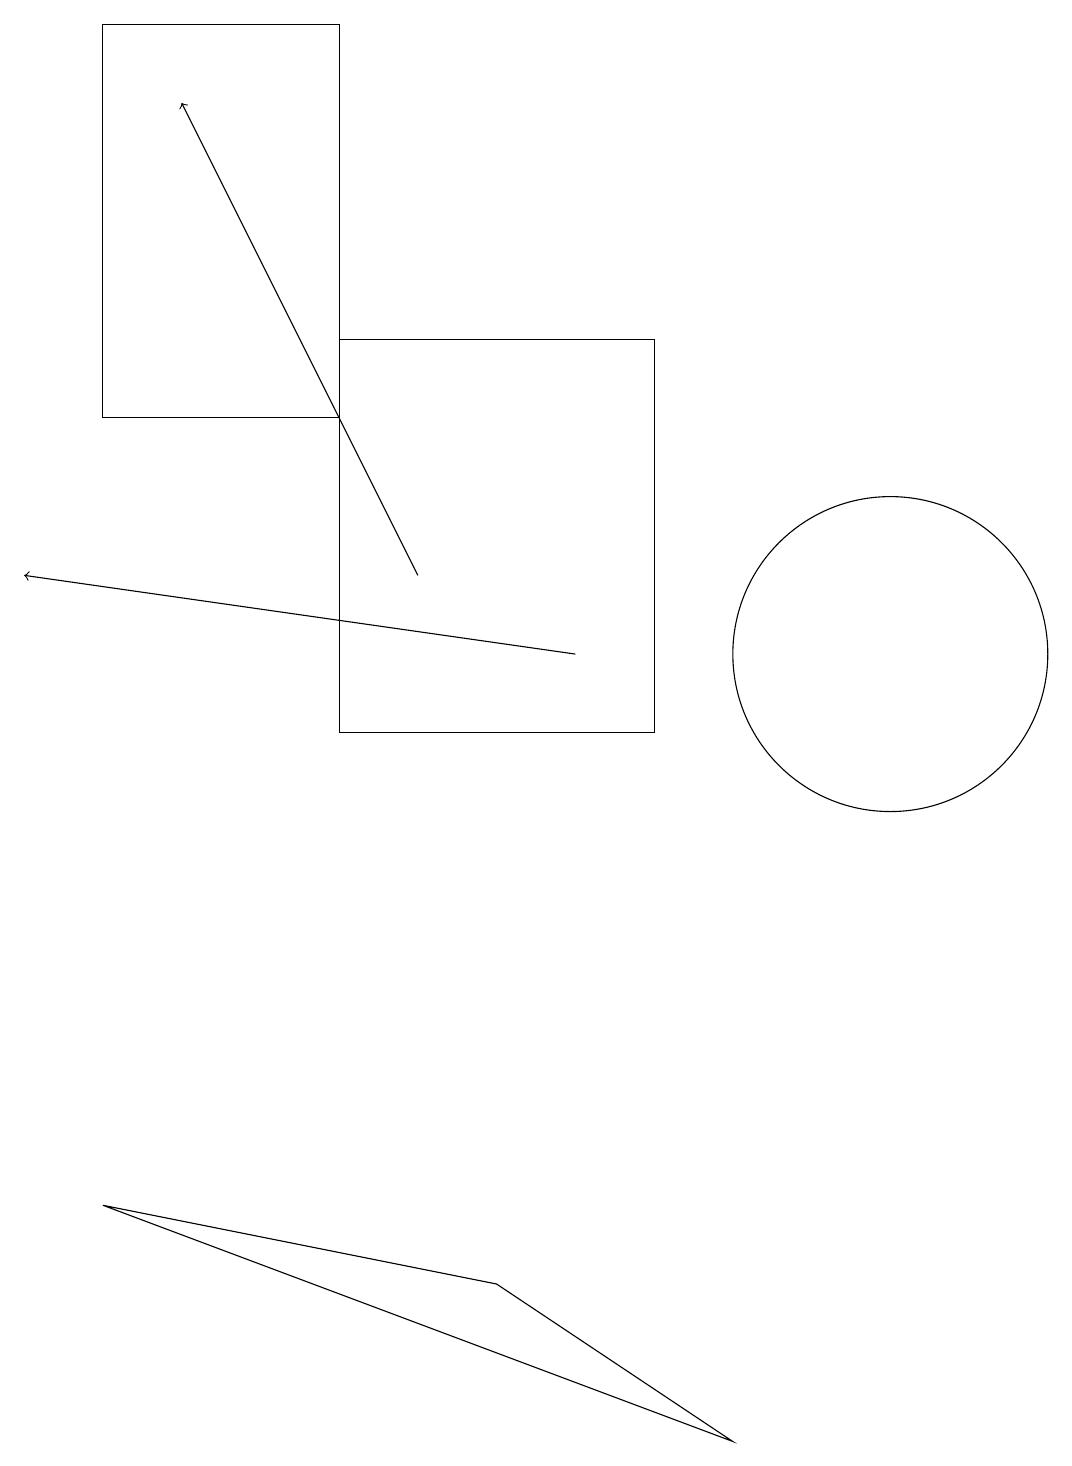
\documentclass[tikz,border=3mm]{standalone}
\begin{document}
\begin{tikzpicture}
\draw[->] (5,12) -- (2,18);
\draw (4,15) rectangle (8,10);
\draw (4,19) rectangle (1,14);
\draw[->] (7,11) -- (0,12);
\draw (6,3) -- (9,1) -- (1,4) -- cycle;
\draw (11,11) circle (2);
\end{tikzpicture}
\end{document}